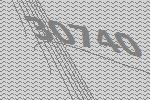
30740